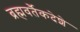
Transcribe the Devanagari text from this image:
ब्रह्मवर्तैकदेशे